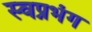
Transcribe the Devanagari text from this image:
स्वप्नभंग